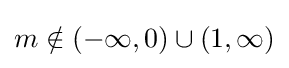
m\notin (-\infty ,0)\cup (1,\infty )